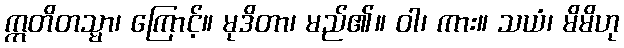
ဣတိတသ္မာ၊ ကြောင့်။ မုဒိတာ၊ မည်၏။ ဝါ၊ ကား။ သယံ၊ မိမိဟု